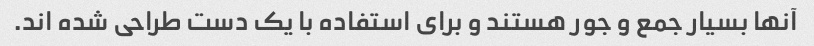
آنها بسیار جمع و جور هستند و برای استفاده با یک دست طراحی شده اند.